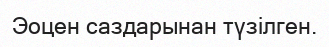
Эоцен саздарынан түзілген.